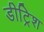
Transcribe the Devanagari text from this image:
डीट्रिश